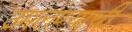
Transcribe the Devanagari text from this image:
उमलण्याची